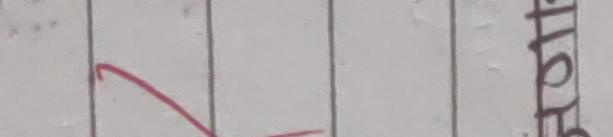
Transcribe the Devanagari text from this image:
हाहा रा